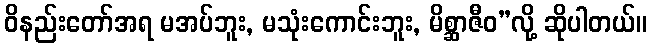
ဝိနည်းတော်အရ မအပ်ဘူး, မသုံးကောင်းဘူး, မိစ္ဆာဇီဝ”လို့ ဆိုပါတယ်။